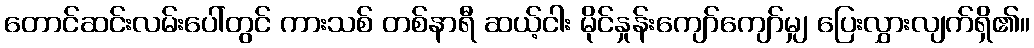
တောင်ဆင်းလမ်းပေါ်တွင် ကားသစ် တစ်နာရီ ဆယ့်ငါး မိုင်နှုန်းကျော်ကျော်မျှ ပြေးလွှားလျက်ရှိ၏။